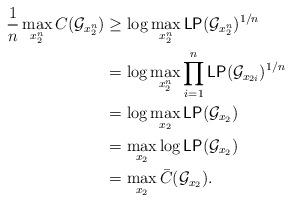
LaTeX: \begin{align*} \frac{1}{n}\max_{x_2^n} C(\mathcal G_{x_2^n}) &\geq \log\max_{x_2^n} \mathsf{LP}(\mathcal G_{x_2^n})^{1/n}\\&= \log\max_{x_2^n} \prod_{i=1}^{n} \mathsf{LP}(\mathcal G_{x_{2i}})^{1/n}\\&= \log \max_{x_2}\mathsf{LP}(\mathcal G_{x_{2}})\\&=\max_{x_2}\log\mathsf{LP}(\mathcal G_{x_{2}})\\&=\max_{x_2}\bar{C}(\mathcal G_{x_{2}}).\end{align*}